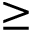
\ge